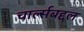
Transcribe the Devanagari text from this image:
चार्ल्सबद्दल